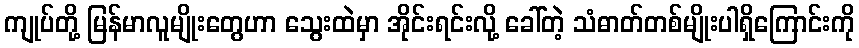
ကျုပ်တို့ မြန်မာလူမျိုးတွေဟာ သွေးထဲမှာ အိုင်းရင်းလို့ ခေါ်တဲ့ သံဓာတ်တစ်မျိုးပါရှိကြောင်းကို